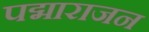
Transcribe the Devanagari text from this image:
पद्माराजन